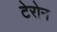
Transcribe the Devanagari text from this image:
टेरोन